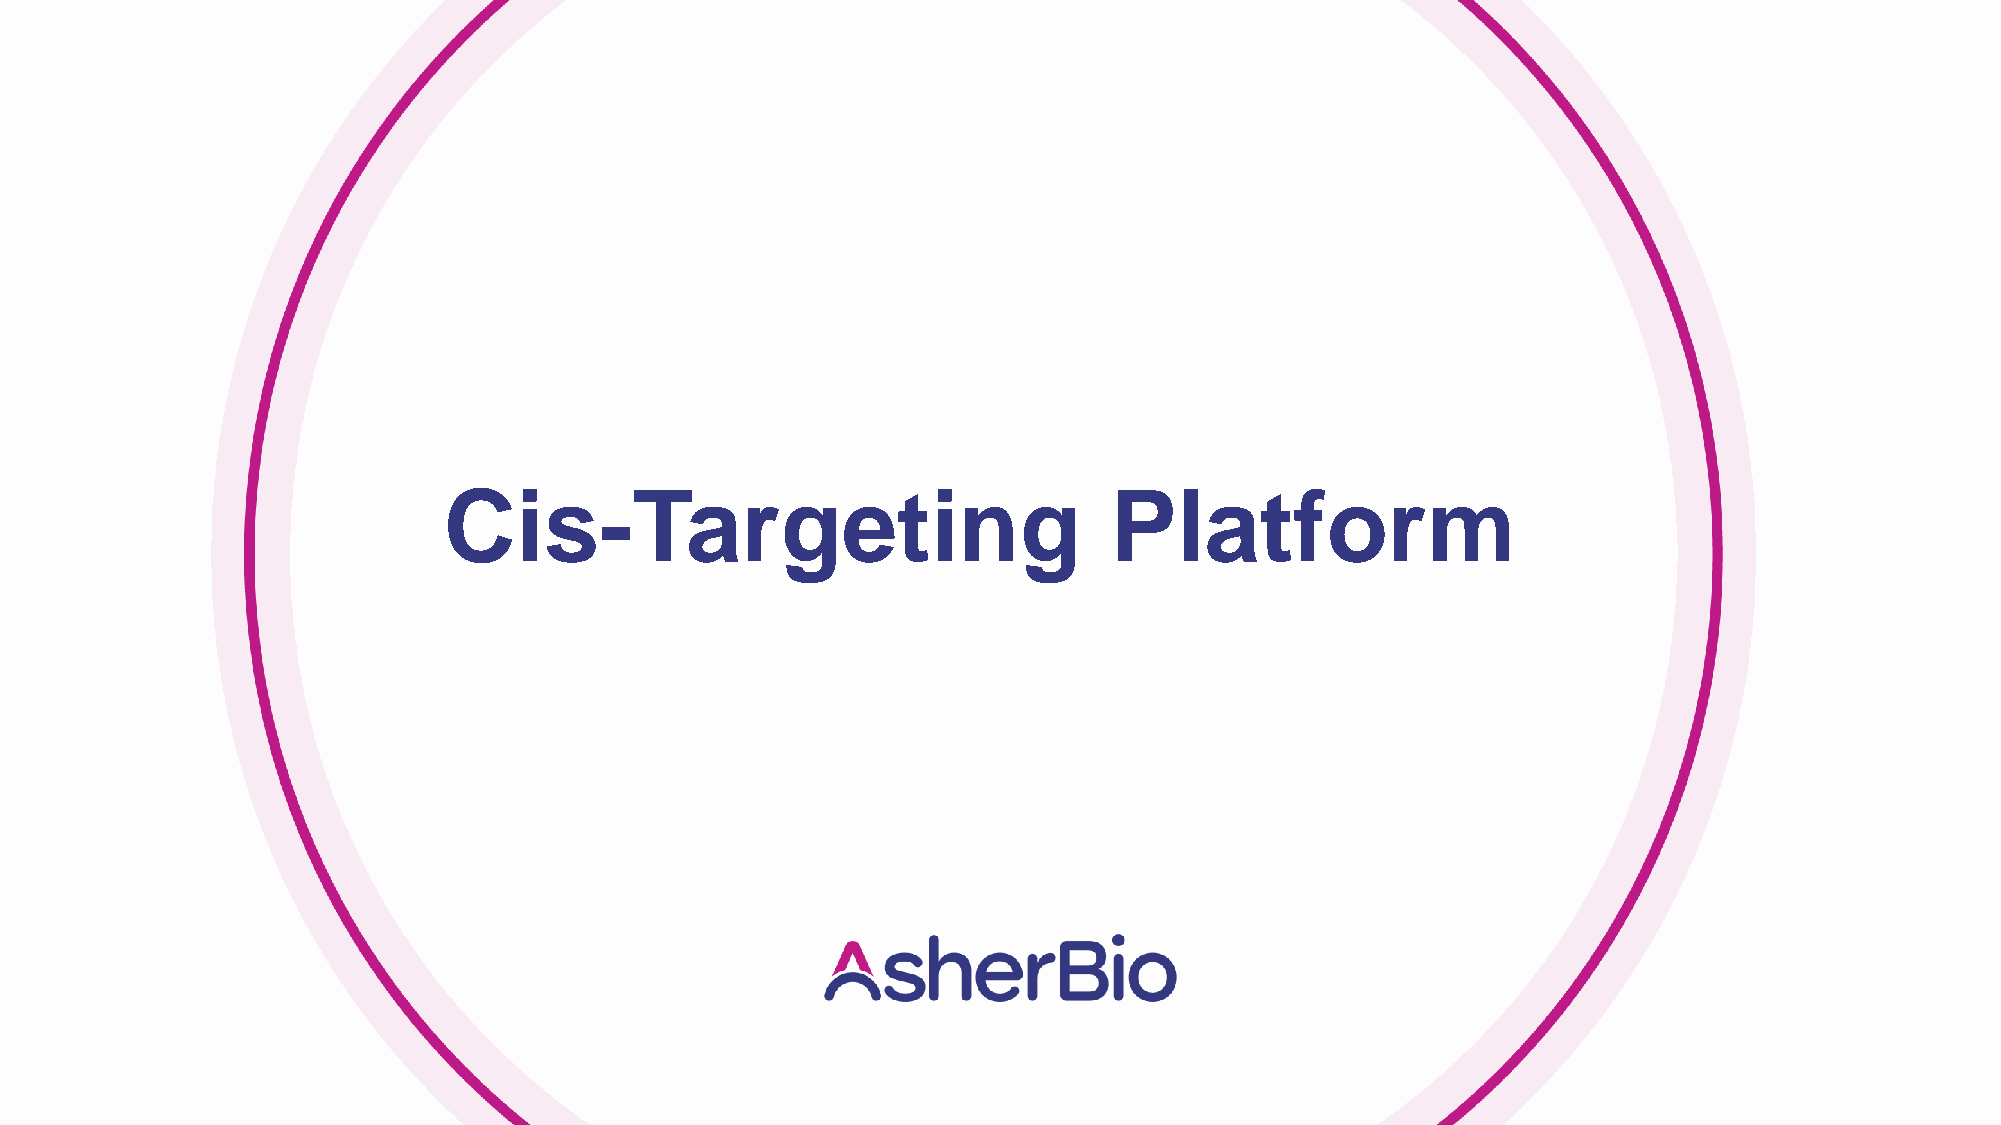
Cis-Targeting                               Platform